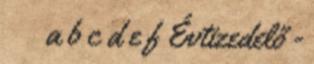
↑ a b c d e f Évtizedelő -